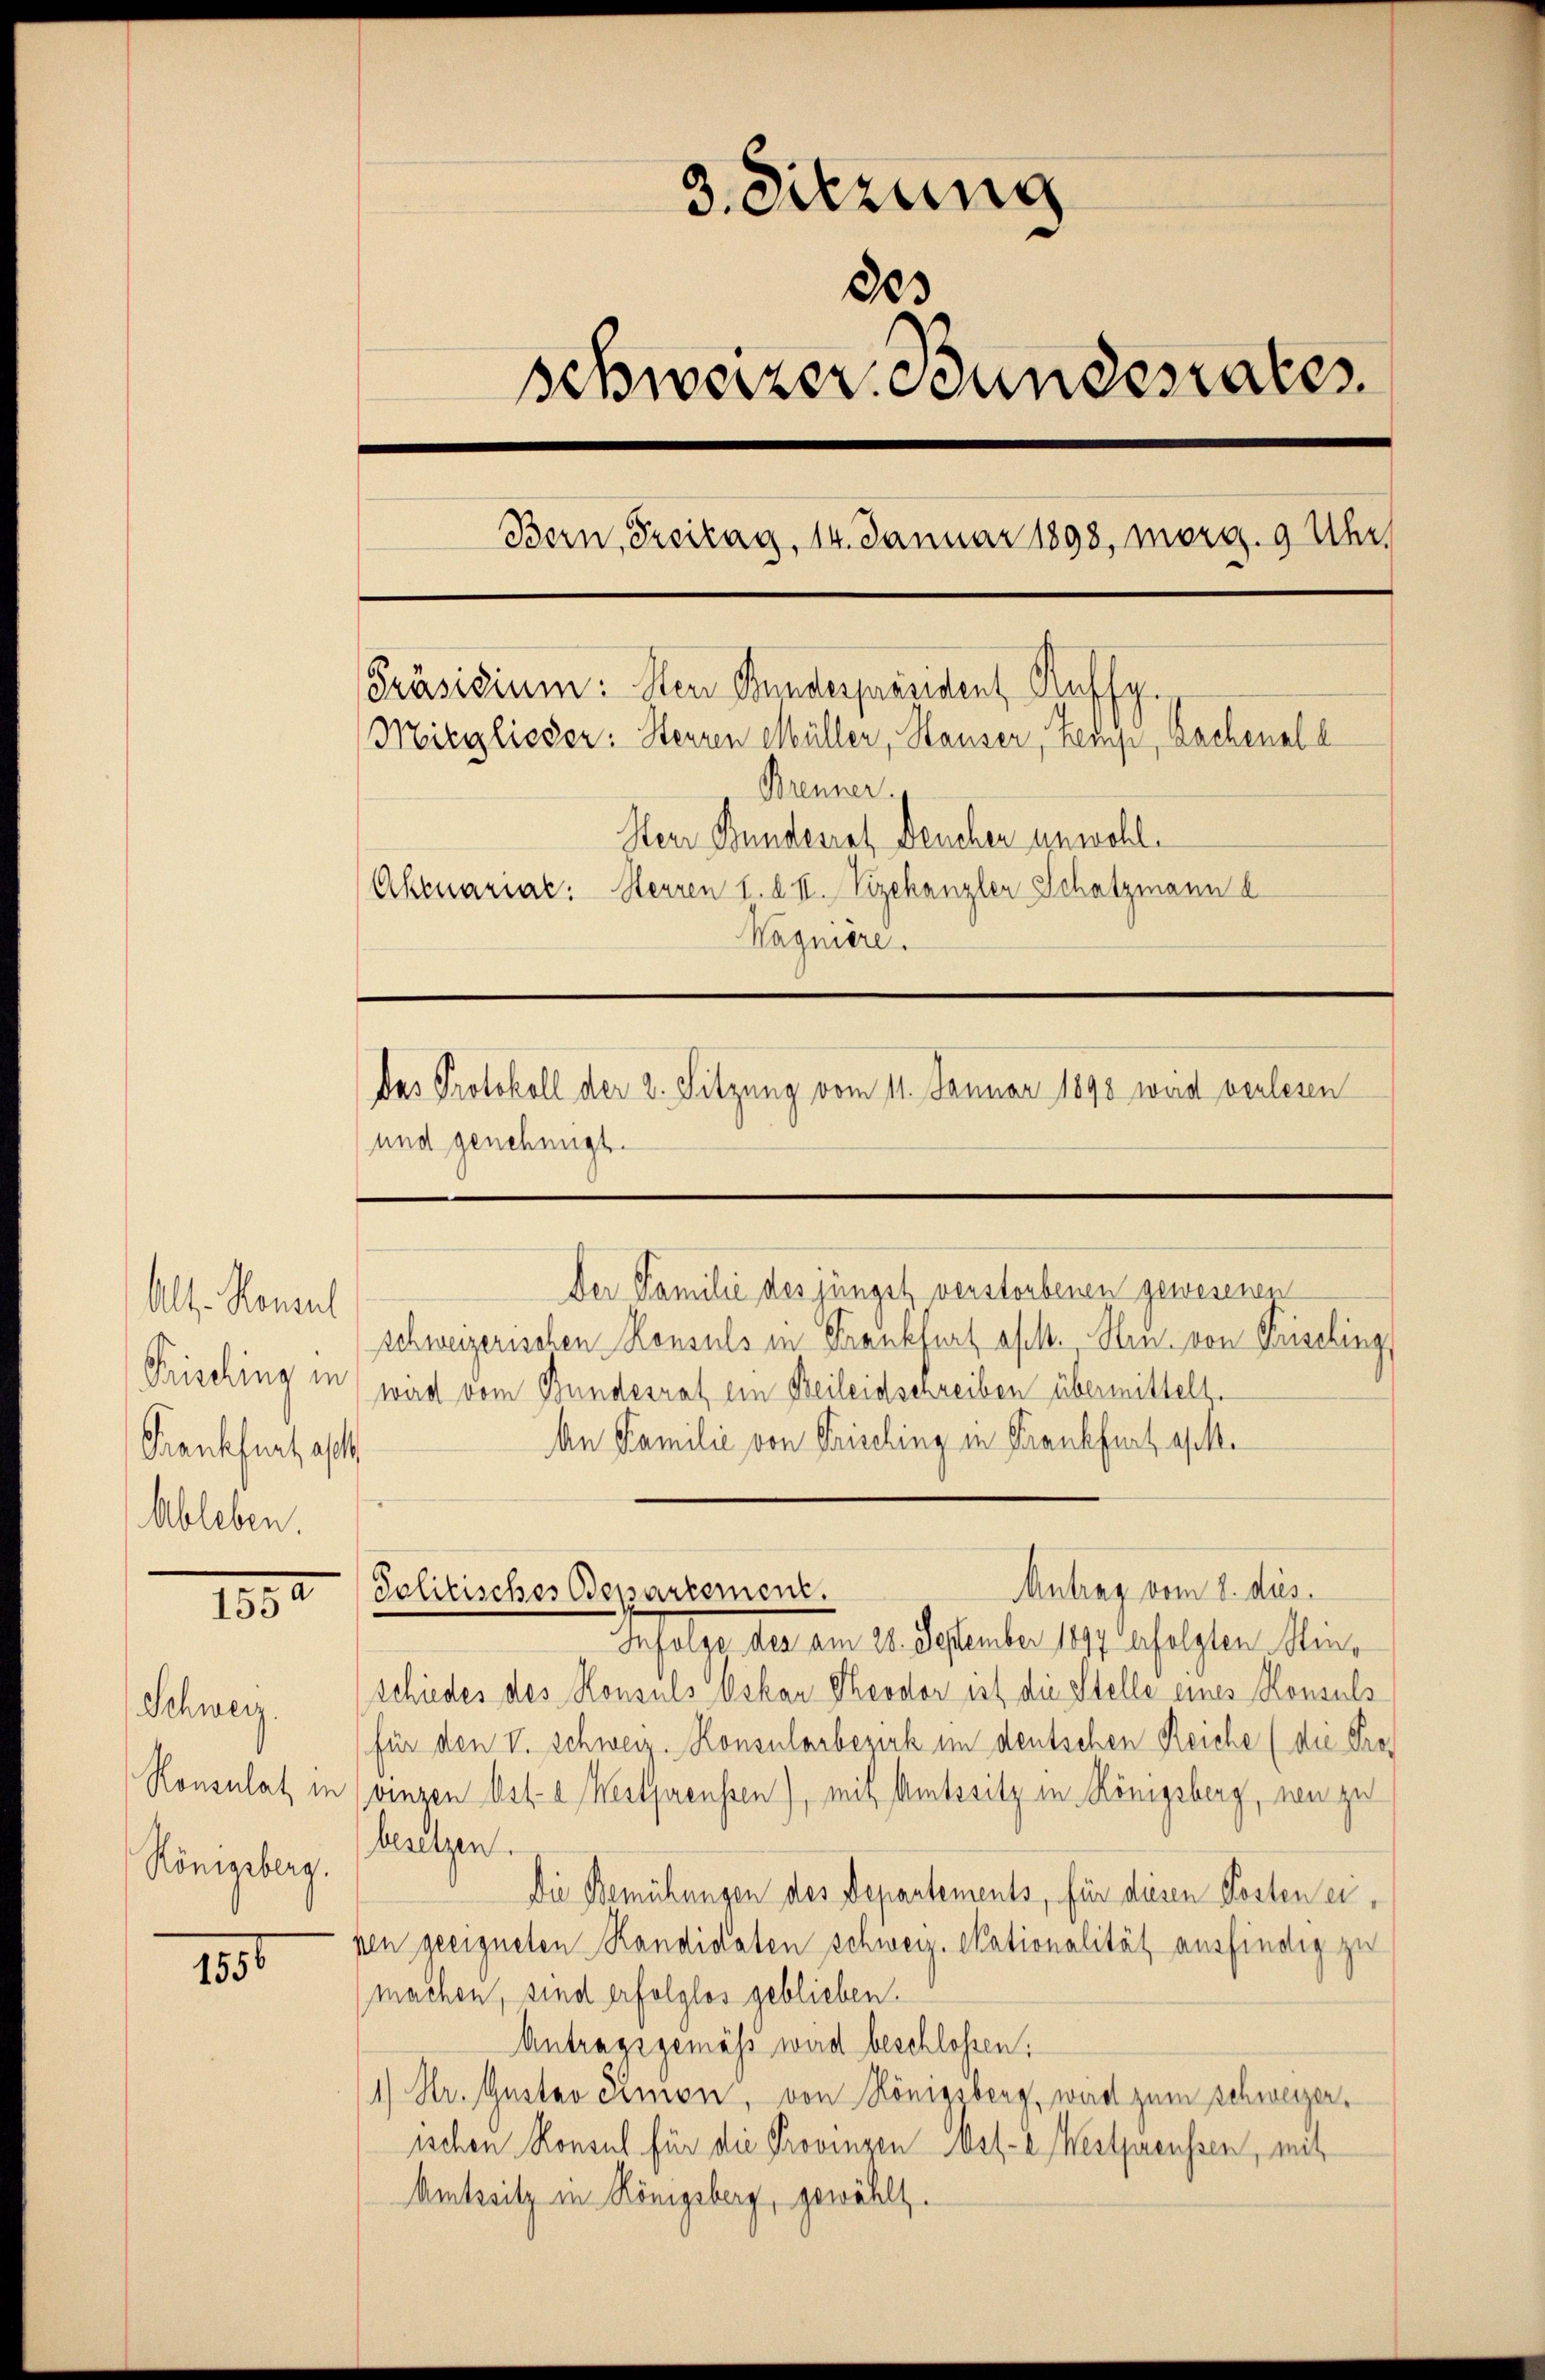
Alt.- Konsul
Frisching in
Frankfurt alt
Ableben.

18.

u
III.

Schweiz.
Königsberg.

3. Sitzung
803
schweizer. Bundesrates.
Bern, Treitag, 14. Januar 1898, morg. 9 Uhr,
Präsidium: den Bundespräsident Raffy.
Mitglieder: Sterren Müller, Hauser, Tessi, Bachenale
Brenner
Herr Bundesrat Deuchen unwohl.
Ahenariat: Herren 1. d. II. Vizekanzler Schatzmann b
Wagniere.
Das Protokoll der 2. Sitzung vom 11. Januar 1890 wird verlesen
und genehmigt.

wird vom Bundesrat ein Beileidschreiben übermittelt.
An Familie von Frisching in Frankfurt alle
Infolge des am 28. September 1897 erfolgten Minschiedes des Konsuls Oskar Theodor ist die Stelle eines Konsuls
für den V. Schweiz. Konsularbezirk im deutschen Reiche (die Pro¬
Ronsulat in einzen Ost- u Westpreussen), mit Amtssitz in Königsberg, von zu
besetzen.
Die Bemühungen des Departements, für diesen Posten eipen geeigneten Kandidaten schweiz. Skationalität ausfindig zu
machen, sind erfolglos geblieben.
Antragsgemäss wird beschloßen:
1) Dr. Gustav Rmon, von Königsberg, wird zum Schweizer,
ischen Konsul für die Provinzen Ass- u Westpreussen, mit
Amtssitz in Königsberg, gewählt.

Der Familie des jüngst verstorbenen gewesenen
schweizerischen Konsuls in Frankfurt afel. Hrn. von Frisching

Antrag vom 2. dies
Politisches Departement.